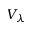
V _ { \lambda }